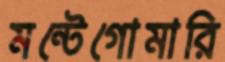
মন্টেগোমারি